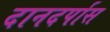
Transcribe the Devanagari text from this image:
दानदर्पास